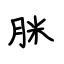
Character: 脒